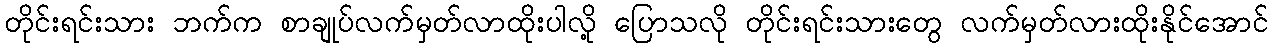
တိုင်းရင်းသား ဘက်က စာချုပ်လက်မှတ်လာထိုးပါလို့ ပြောသလို တိုင်းရင်းသားတွေ လက်မှတ်လားထိုးနိုင်အောင်